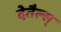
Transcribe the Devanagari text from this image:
देतैल्स्